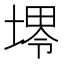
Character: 𱗟